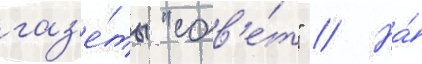
газ'е́ты "сов'е́т" // На́